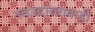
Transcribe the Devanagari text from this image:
नवउदारतावादी